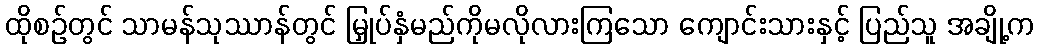
ထိုစဉ်တွင် သာမန်သုဿာန်တွင် မြှုပ်နှံမည်ကိုမလိုလားကြသော ကျောင်းသားနှင့် ပြည်သူ အချို့က